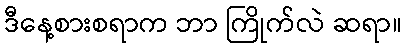
ဒီနေ့စားစရာက ဘာ ကြိုက်လဲ ဆရာ။